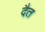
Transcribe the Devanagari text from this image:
दैत